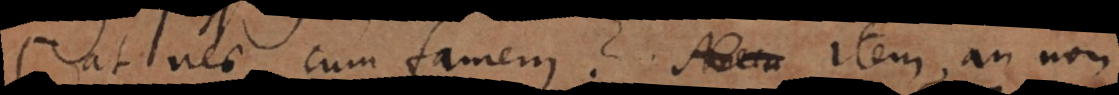
at nec cum famemus? Item an non